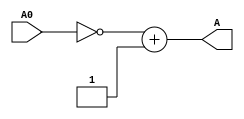
`timescale 1ns / 1ps
//////////////////////////////////////////////////////////////////////////////////
// Company: 
// Engineer: 
// 
// Design Name: 
// Module Name:    Neg 
// Project Name: 
// Target Devices: 
// Tool versions: 
// Description: 
//
// Dependencies: 
//
// Revision: 
// Revision 0.01 - File Created
// Additional Comments: 
//
//////////////////////////////////////////////////////////////////////////////////
module Neg(
    input[31:0] A0,
    output[31:0]A
    );
	 
assign A = (~ A0) + 1;

endmodule